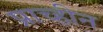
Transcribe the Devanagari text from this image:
प्राच्हीन